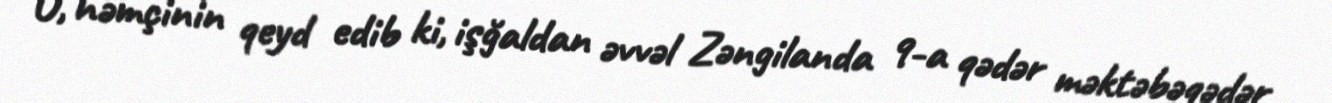
O, həmçinin qeyd edib ki, işğaldan əvvəl Zəngilanda 9-a qədər məktəbəqədər